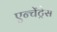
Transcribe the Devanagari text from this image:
एन्चेंट्रेस